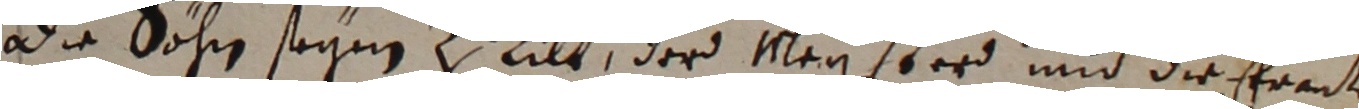
Die sohn seynn z lilt, der Mleyster und die fredt